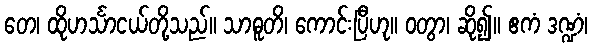
တေ၊ ထိုဟင်္သာငယ်တို့သည်။ သာဓူတိ၊ ကောင်းပြီဟု။ ဝတွာ၊ ဆို၍။ ဧကံ ဒဏ္ဍံ၊